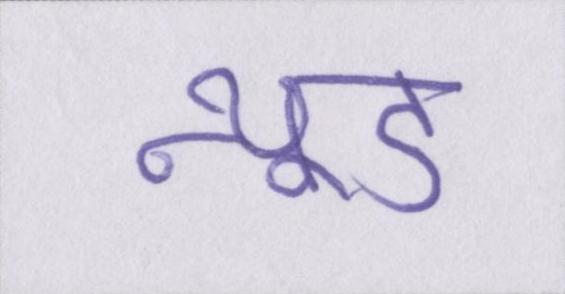
न्यूड